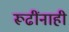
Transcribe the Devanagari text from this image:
रूढींनाही